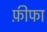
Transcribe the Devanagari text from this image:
फ़ीफा